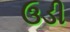
ઉડી